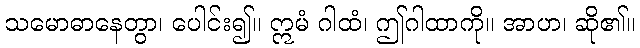
သမောဓာနေတွာ၊ ပေါင်း၍။ ဣမံ ဂါထံ၊ ဤဂါထာကို။ အာဟ၊ ဆို၏။